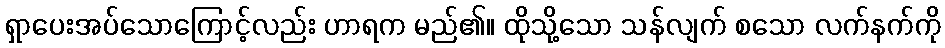
ရှာပေးအပ်သောကြောင့်လည်း ဟာရက မည်၏။ ထိုသို့သော သန်လျက် စသော လက်နက်ကို